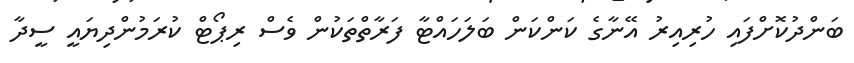
ބަންދުކޮށްފައި ހުރިއިރު އޭނާގެ ކަންކަން ބަލަހައްޓާ ފަރާތްތަކުން ވެސް ރިޕޯޓް ކުރަމުންދިޔައީ ސީދާ